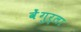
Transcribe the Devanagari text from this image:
वेेंगुर्ला